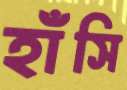
হাঁসি